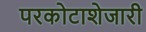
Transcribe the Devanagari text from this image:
परकोटाशेजारी